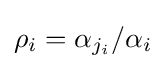
\rho _{i}=\alpha _{j_{i}}/\alpha _{i}